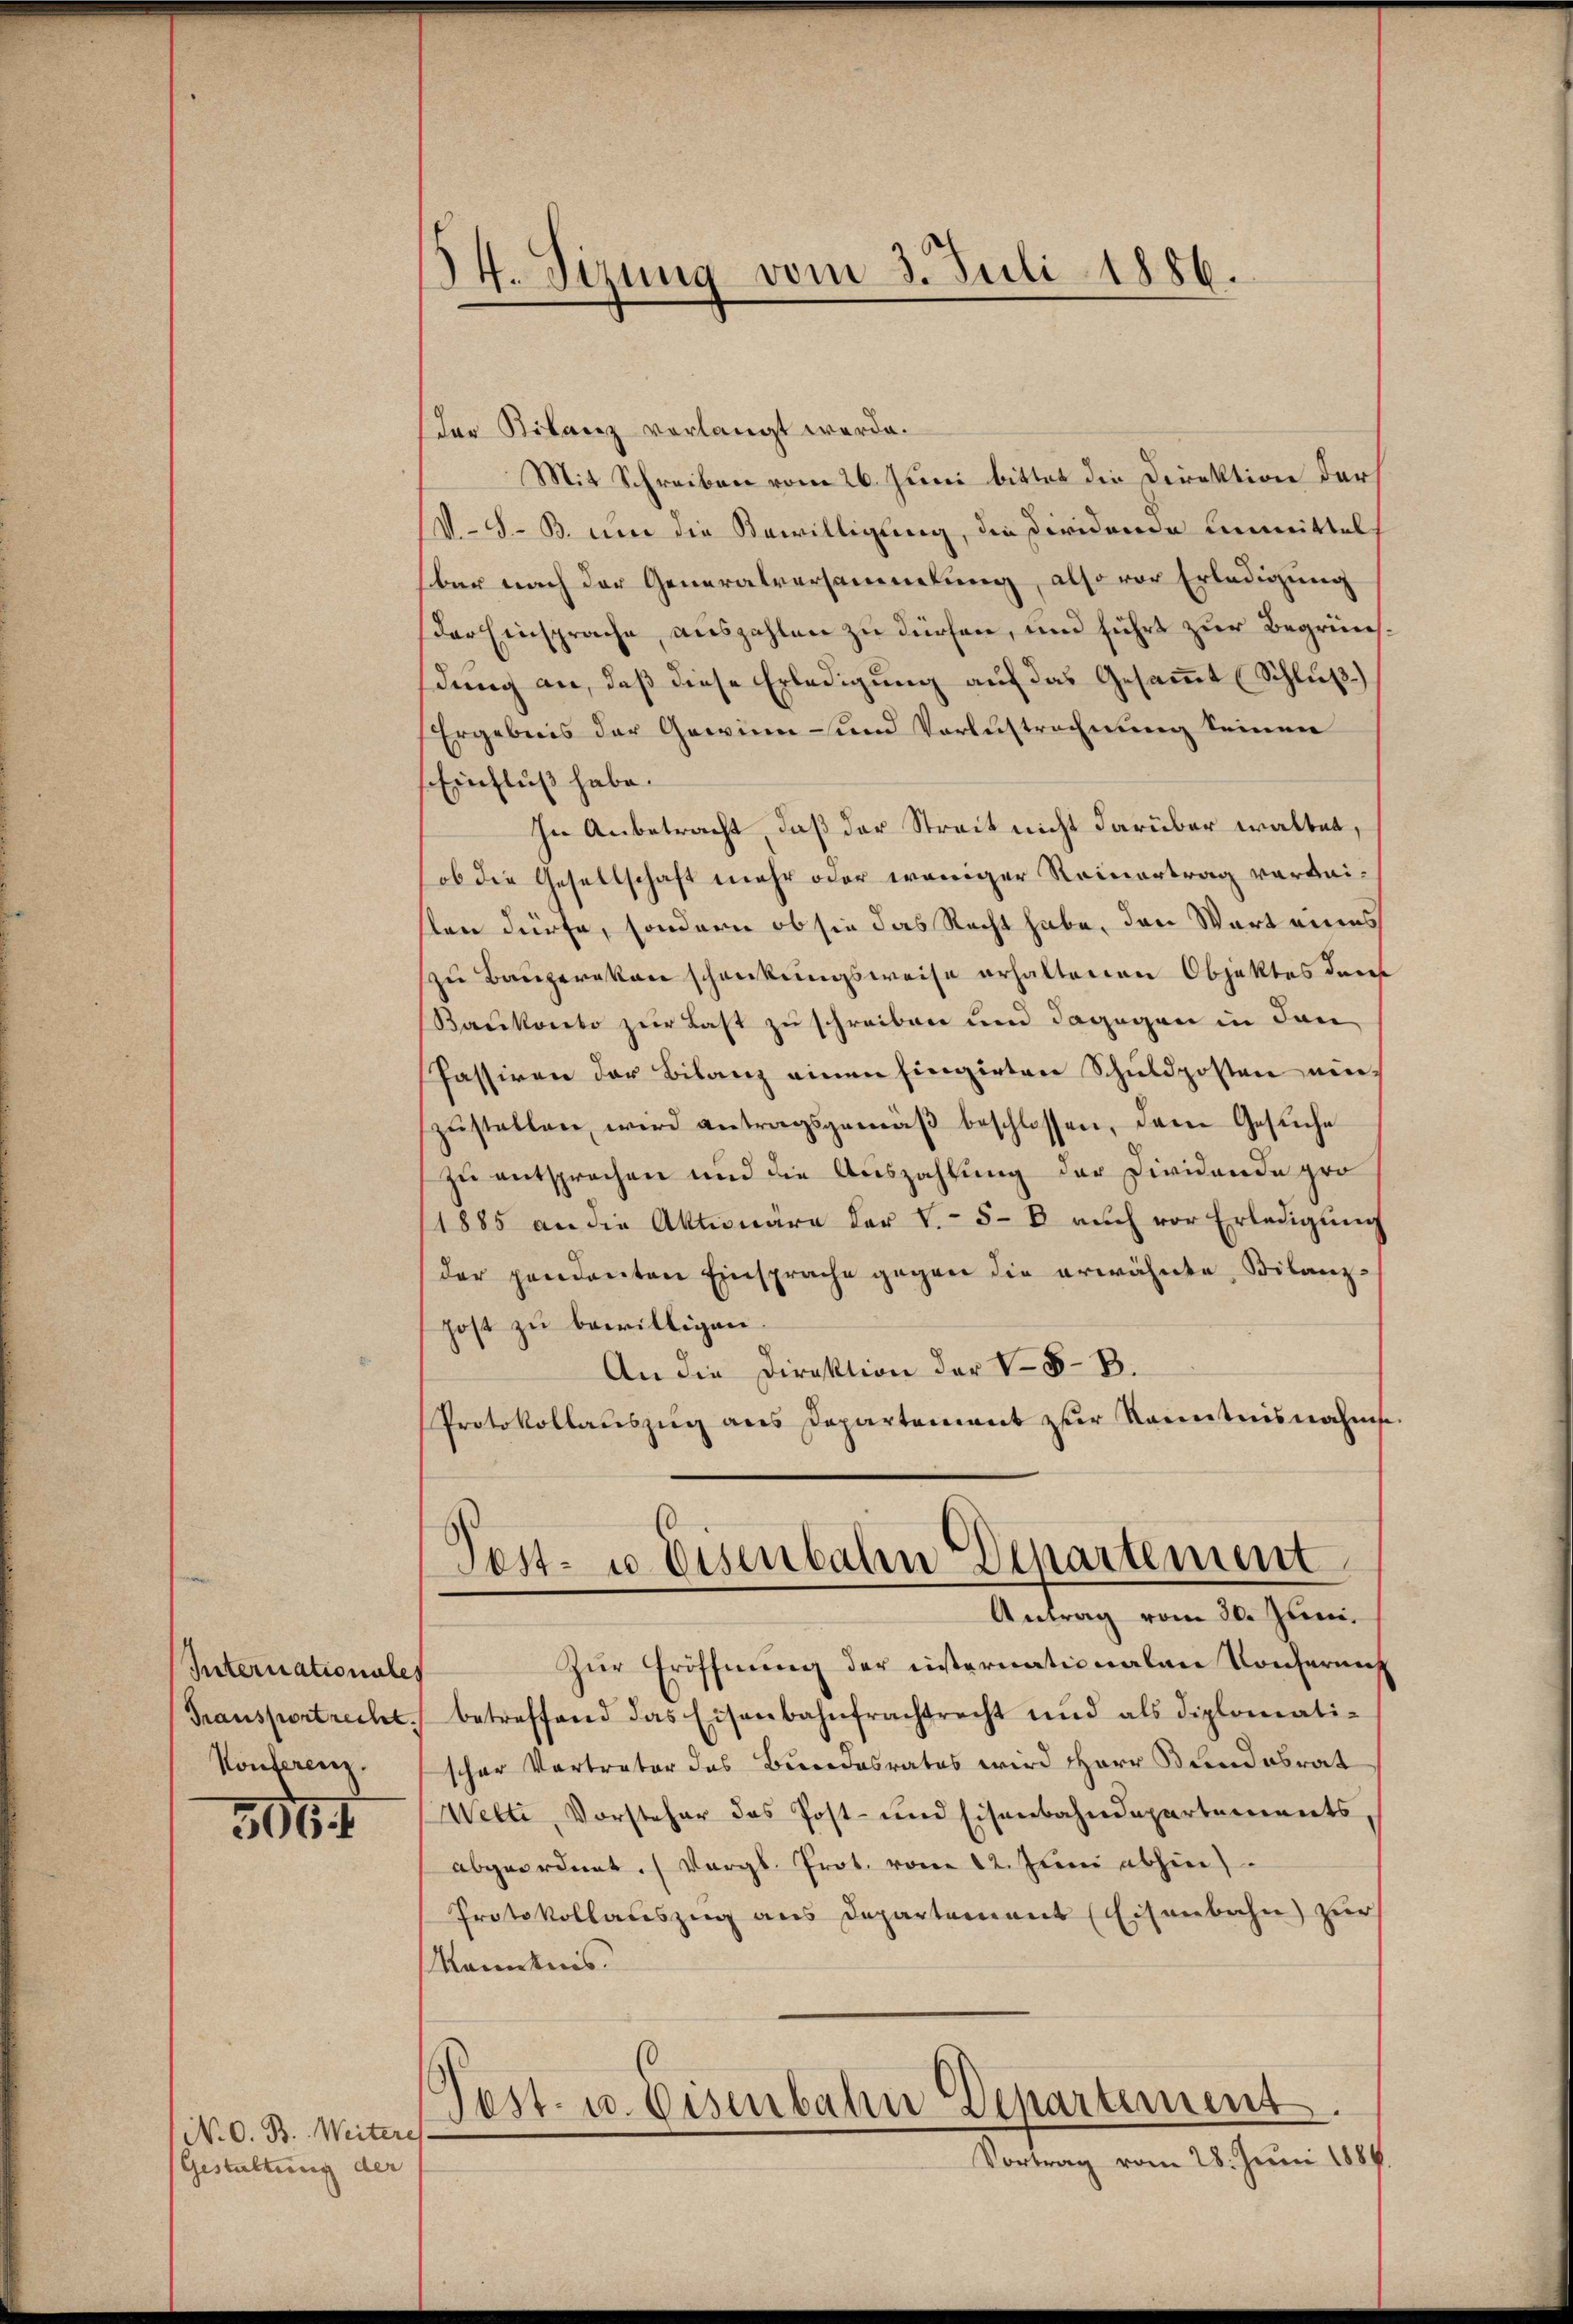
Internationales
Transport recht.
Konferenz.

306

N. O. B. Weitere
Gestaltung der

14. Sizung vom 3. Juli 1886.

der Bilanz vorlangt werde.
Mit Schreiben vom 26. Juni bitter die Direktion der
V.-S. B. um die Bewilligung, die dividende Einmittel
bar nach der Generalversammlung, also vor Erledigung
Der Einsprache, auszahlen zu dürfen, und führt zur Begrünsdung an, daß diese Erledigung auf das Gesammt (Schluß)
Ergebnis der Gewinn- und Verlustrechnung seinen
Einfluß habe.
In Anbetracht, daß der Streit nicht darüber waltet,
ob die Gesellschaft mehr oder weniger Reinertrag vorbeisten dürfe, sondern ob sie das Recht habe, den Wart eines
zu Bauperakan schenkungsweise erhaltenen Objektes der
Baukonto zur Last zu schreiben und dagegen in den
Passiren der Bilanz einen hingirten Schuldposten einzŭstellen, wird antragsgemäβ beschlossen, den Gesuche
zu entsprechen und die Auszahlung der Dividende pro
1885 an die Aktionäre der V.-5-8 aŭch vor Erledigŭng
der pendanten Einsprache gegen die erwähnte Bilanzpost zu bewilligen.
An die Direktion der V 8- B.
Protokollaŭszŭg ans Departement zur Kenntnisnahmse
Post- u. Eisenbahn Departement
Antrag vom 20. Juni,
Zur Eröffnung der insternationalen Konferens
betreffend das Eisenbahnfrachtrecht und als diplomati-
scher Vertreter das Bundesrates wird Herr Bundesrat
Welti, Vorsteher das Post- und Eisenbahndepartements
abgeordnet. (Vergl. Prot. vom 12. Juni abhin
Protokollauszug aus Departement (Eisenbahn zur
Kenntnis.
Fest- u. Eisenbahn Departement.
Vortrag vom 28. Juni 1884